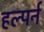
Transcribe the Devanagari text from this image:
हल्पर्न